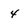
Character: 4